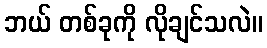
ဘယ် တစ်ခုကို လိုချင်သလဲ။